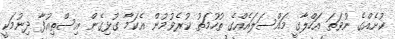
ކުށެއްގެ ނުވަތަ އަހްލާގީ މައްސަލައެއްގެ ތުހުމަތު ކުރެވުމުން އެކަމާ ގުޅިގެން އިސްތިއުފާ ދިނުމަކީ